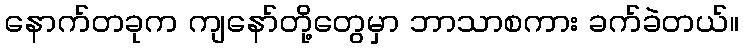
နောက်တခုက ကျနော်တို့တွေမှာ ဘာသာစကား ခက်ခဲတယ်။